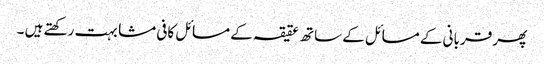
پھر قربانی کے مسائل کے ساتھ عقیقہ کے مسائل کافی مشابہت رکھتے ہیں ۔